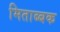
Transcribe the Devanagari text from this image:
मिताब्बक